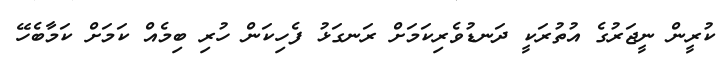
ކުރީން ނީޖަރުގެ އުތުރަކީ ދަނޑުވެރިކަމަށް ރަނގަޅު ފެހިކަން ހުރި ބިމެއް ކަމަށް ކަމާބެހޭ